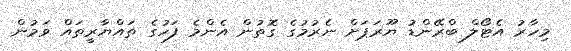
މިހާރު އެޓޯލް ބްރޭންޑު ޔޫރަޕަށް ނެރުމުގެ ގޮތުން އެންމެ ފަހުގެ ތައްޔާރީތައް ވަމުން